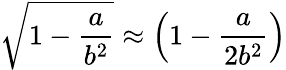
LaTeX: \sqrt{1-\frac{a}{b^{2}}}\approx\left(1-\frac{a}{2b^{2}}\right)